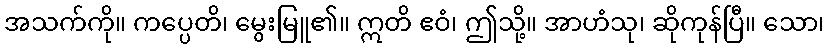
အသက်ကို။ ကပ္ပေတိ၊ မွေးမြူ၏။ ဣတိ ဧဝံ၊ ဤသို့။ အာဟံသု၊ ဆိုကုန်ပြီ။ သော၊